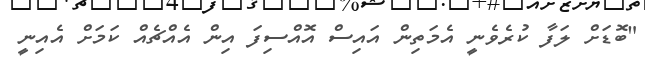
"ބޮޑަށް ލަފާ ކުރެވެނީ އެމަތިން އައިސް އޮއްސިފަ އިން އެއްޗެއް ކަމަށް އެއިނީ